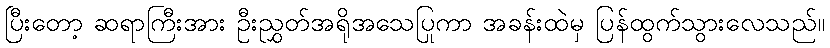
ပြီးတော့ ဆရာကြီးအား ဦးညွှတ်အရိုအသေပြုကာ အခန်းထဲမှ ပြန်ထွက်သွားလေသည်။